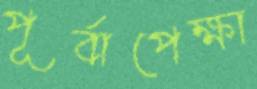
পূর্বাপেক্ষা